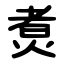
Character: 煑